Report of the King Institute of Preventive Medicine, Guindy
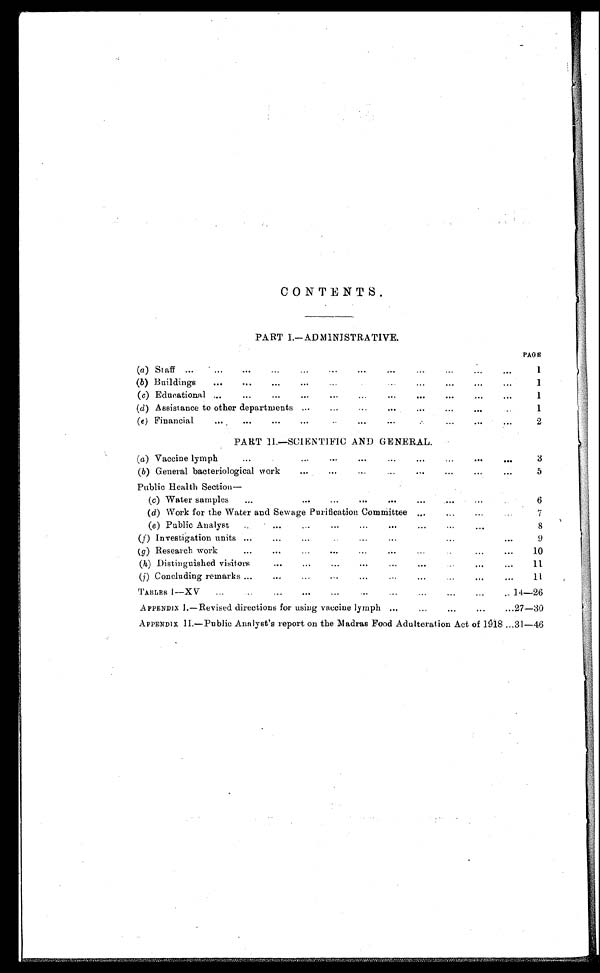
CONTENTS.
PART I.— ADMINISTRATIVE.
PAGE
(a ) Staff . . .
1
( b ) Buildings . . .
1
( c) Educational . . .
1
( d ) Assistance to other departments . . .
1
(e) Financial . . .
2
PART II.—SCIENTIFIC AND GENERAL.
( a ) Vaccine lymph . . .
3
(b) General bacteriological work . . .
5
Public Health Section—
(c)
Water samples . . .
6
( d ) Work for the Water and Sewage Purification Committee . . .
7
(e) Public Analyst . . .
8
(f ) Investigation units . . .
9
( g ) Research work . . .
10
( h ) Distinguished visitors . . .
11
(i ) Concluding remarks . . .
11
TABLES I—XV . . .
14—26
APPENDIX I.—Revised directions for using vaccine lymph . . .
2 7 — 3 0
APPENDIX II.—Public Analyst's report on the Madras Food Adulteration Act of 1918 . . .
3 1 — 4 6